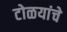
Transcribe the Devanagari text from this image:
टोळयांचे